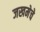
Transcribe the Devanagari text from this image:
जखमेचे